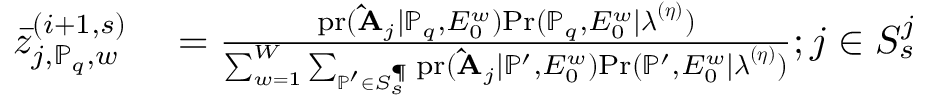
\begin{array} { r l } { \bar { z } _ { j , \mathbb { P } _ { q } , w } ^ { ( i + 1 , s ) } } & { { } = \frac { \mathrm { p r } ( \mathbf { \hat { A } } _ { j } | \mathbb { P } _ { q } , E _ { 0 } ^ { w } ) \mathrm { P r } ( \mathbb { P } _ { q } , E _ { 0 } ^ { w } | \boldsymbol { \lambda } ^ { ( \boldsymbol { \eta } ) } ) } { \sum _ { w = 1 } ^ { W } \sum _ { \mathbb { P } ^ { \prime } \in S _ { s } ^ { \P } } \mathrm { p r } ( \mathbf { \hat { A } } _ { j } | \mathbb { P } ^ { \prime } , E _ { 0 } ^ { w } ) \mathrm { P r } ( \mathbb { P } ^ { \prime } , E _ { 0 } ^ { w } | \boldsymbol { \lambda } ^ { ( \boldsymbol { \eta } ) } ) } ; j \in S _ { s } ^ { j } } \end{array}